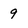
Character: 9